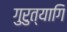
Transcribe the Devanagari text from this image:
गुरुत्यागि